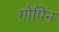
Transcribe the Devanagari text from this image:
गोपिन